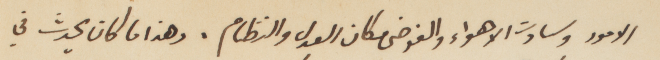
الأمور وسادت الأهواء والفوضى مكان العدل والنظام. وهذا ما كان يحدث في